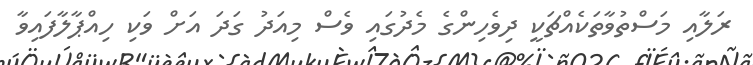
ރަލާއި މަސްތުވާތަކެއްޗަކީ ދިވެހިންގެ މެދުގައި ވެސް މިއަދު ގަދަ އަށް ވަކި ހިއްޕާލާފައިވާ